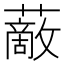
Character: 𧁱